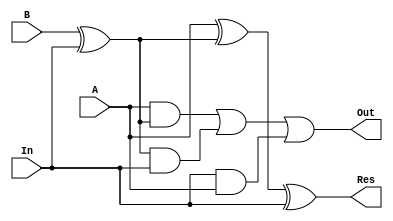
module add_sub_f_data(A, B, In, Res, Out);
    input A, B;
    input In;
    output Res;
    output Out;
    wire t3;


assign t3=B^In;

         
 wire t1,t2,t_3,t4;
assign t1=A^t3;
assign Res=t1^In;
assign t2=A&t3;
assign t_3=t3&In;
assign t4=In&A;
assign Out=t2|t_3|t4;  

 endmodule